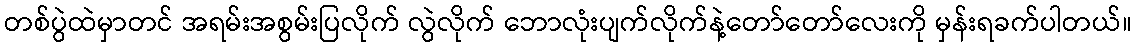
တစ်ပွဲထဲမှာတင် အရမ်းအစွမ်းပြလိုက် လွဲလိုက် ဘောလုံးပျက်လိုက်နဲ့တော်တော်လေးကို မှန်းရခက်ပါတယ်။